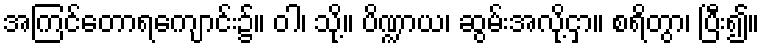
အကြင်တောရကျောင်း၌။ ဝါ၊ သို့။ ပိဏ္ဍာယ၊ ဆွမ်းအလို့ငှာ။ စရိတွာ၊ ပြီး၍။